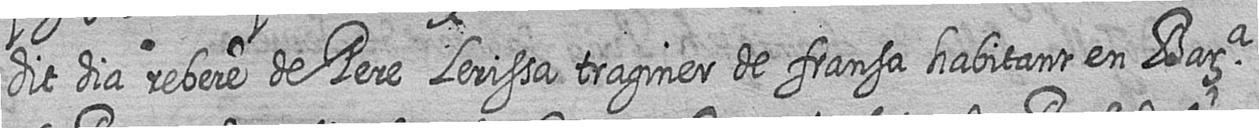
dit dia rebere de Pere Lerissa traginer de fransa habitant en Bara